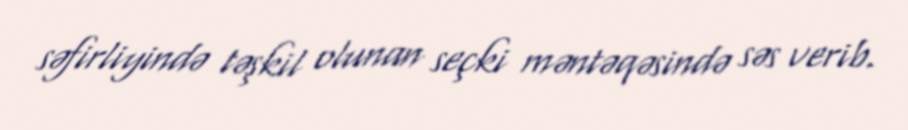
səfirliyində təşkil olunan seçki məntəqəsində səs verib.